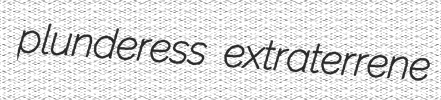
plunderess extraterrene